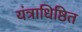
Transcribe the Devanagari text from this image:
यंत्राधिष्ठित